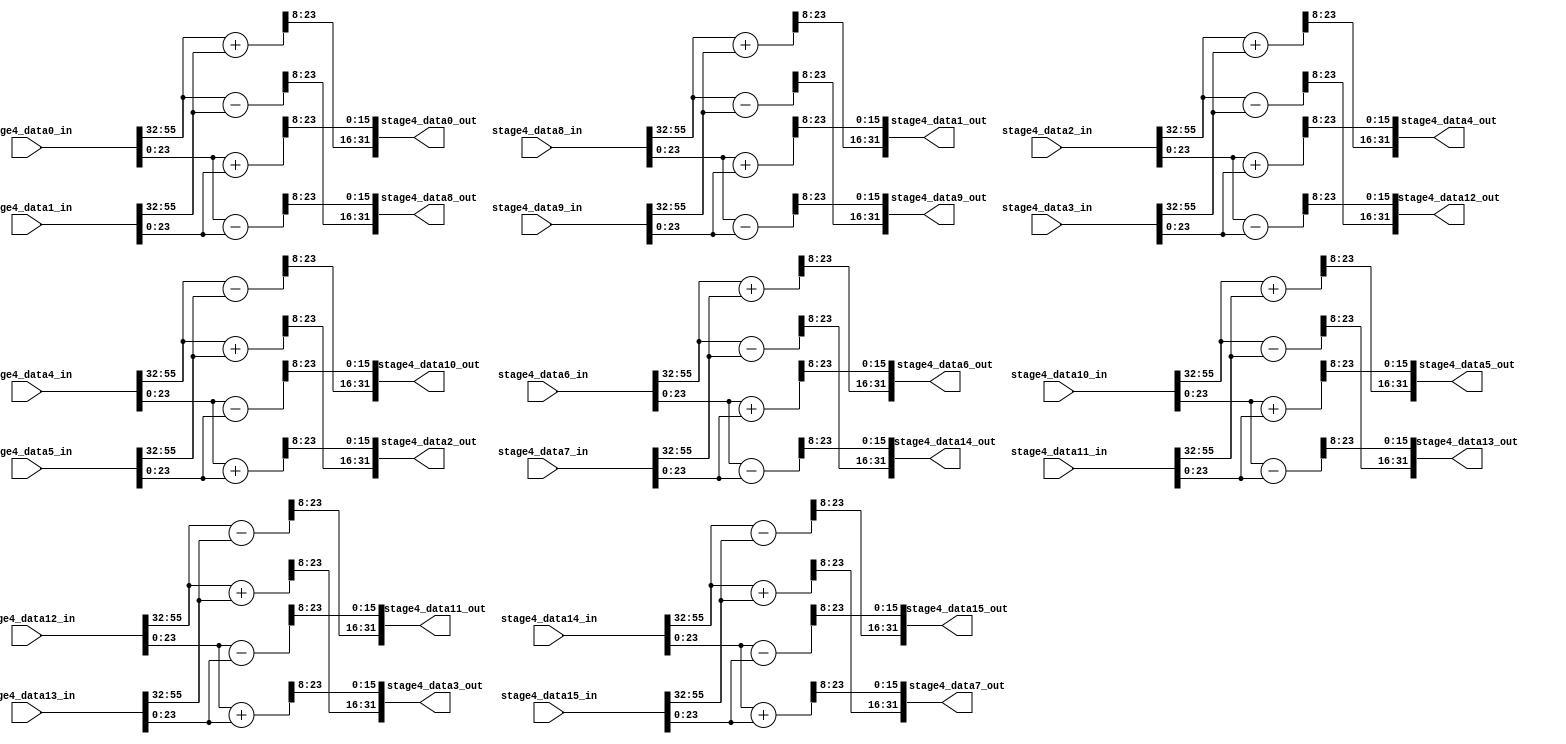
module fft_stage4(
		stage4_data0_in,
		stage4_data1_in,
		stage4_data2_in,
		stage4_data3_in,
		stage4_data4_in,
		stage4_data5_in,
		stage4_data6_in,
		stage4_data7_in,
		stage4_data8_in,
		stage4_data9_in,
		stage4_data10_in,
		stage4_data11_in,
		stage4_data12_in,
		stage4_data13_in,
		stage4_data14_in,
		stage4_data15_in,

		stage4_data0_out,
		stage4_data1_out,
		stage4_data2_out,
		stage4_data3_out,
		stage4_data4_out,
		stage4_data5_out,
		stage4_data6_out,
		stage4_data7_out,
		stage4_data8_out,
		stage4_data9_out,
		stage4_data10_out,
		stage4_data11_out,
		stage4_data12_out,
		stage4_data13_out,
		stage4_data14_out,
		stage4_data15_out
);

	input  [63:0] stage4_data1_in;
	input  [63:0] stage4_data2_in;
	input  [63:0] stage4_data3_in;
	input  [63:0] stage4_data4_in;
	input  [63:0] stage4_data5_in;
	input  [63:0] stage4_data6_in;
	input  [63:0] stage4_data7_in;
	input  [63:0] stage4_data8_in;
	input  [63:0] stage4_data9_in;
	input  [63:0] stage4_data10_in;
	input  [63:0] stage4_data11_in;
	input  [63:0] stage4_data12_in;
	input  [63:0] stage4_data13_in;
	input  [63:0] stage4_data14_in;
	input  [63:0] stage4_data15_in;
	input  [63:0] stage4_data0_in;
	
	
	
	output reg  [31:0] stage4_data0_out;
	output reg  [31:0] stage4_data1_out;
	output reg  [31:0] stage4_data2_out;
	output reg  [31:0] stage4_data3_out;
	output reg  [31:0] stage4_data4_out;
	output reg  [31:0] stage4_data5_out;
	output reg  [31:0] stage4_data6_out;
	output reg  [31:0] stage4_data7_out;
	output reg  [31:0] stage4_data8_out;
	output reg  [31:0] stage4_data9_out;
	output reg  [31:0] stage4_data10_out;
	output reg  [31:0] stage4_data11_out;
	output reg  [31:0] stage4_data12_out;
	output reg  [31:0] stage4_data13_out;
	output reg  [31:0] stage4_data14_out;
	output reg  [31:0] stage4_data15_out;
	
	
	
	reg signed [31:0] stage4_data0_out_real;
	reg signed [31:0] stage4_data1_out_real;
	reg signed [31:0] stage4_data2_out_real;
	reg signed [31:0] stage4_data3_out_real;
	reg signed [31:0] stage4_data4_out_real;
	reg signed [31:0] stage4_data5_out_real;
	reg signed [31:0] stage4_data6_out_real;
	reg signed [31:0] stage4_data7_out_real;
	reg signed [31:0] stage4_data8_out_real;
	reg signed [31:0] stage4_data9_out_real;
	reg signed [31:0] stage4_data10_out_real;
	reg signed [31:0] stage4_data11_out_real;
	reg signed [31:0] stage4_data12_out_real;
	reg signed [31:0] stage4_data13_out_real;
	reg signed [31:0] stage4_data14_out_real;
	reg signed [31:0] stage4_data15_out_real;
	
	
	
	reg signed [31:0] stage4_data0_out_img;
	reg signed [31:0] stage4_data1_out_img;
	reg signed [31:0] stage4_data2_out_img;
	reg signed [31:0] stage4_data3_out_img;
	reg signed [31:0] stage4_data4_out_img;
	reg signed [31:0] stage4_data5_out_img;
	reg signed [31:0] stage4_data6_out_img;
	reg signed [31:0] stage4_data7_out_img;
	reg signed [31:0] stage4_data8_out_img;
	reg signed [31:0] stage4_data9_out_img;
	reg signed [31:0] stage4_data10_out_img;
	reg signed [31:0] stage4_data11_out_img;
	reg signed [31:0] stage4_data12_out_img;
	reg signed [31:0] stage4_data13_out_img;
	reg signed [31:0] stage4_data14_out_img;
	reg signed [31:0] stage4_data15_out_img;
	
		
		
		
	localparam W0_img = 32'h00000000 ;     //The imag part of the reference table about COS(x)+i*SIN(x) value , 0: 000
	localparam W1_img = 32'hFFFF9E09 ;     //The imag part of the reference table about COS(x)+i*SIN(x) value , 1: -3.826752e-001
	localparam W2_img = 32'hFFFF4AFC ;     //The imag part of the reference table about COS(x)+i*SIN(x) value , 2: -7.070923e-001
	localparam W3_img = 32'hFFFF137D ;     //The imag part of the reference table about COS(x)+i*SIN(x) value , 3: -9.238739e-001
	localparam W4_img = 32'hFFFF0000 ;     //The imag part of the reference table about COS(x)+i*SIN(x) value , 4: -01
	localparam W5_img = 32'hFFFF137D ;     //The imag part of the reference table about COS(x)+i*SIN(x) value , 5: -9.238739e-001
	localparam W6_img = 32'hFFFF4AFC ;     //The imag part of the reference table about COS(x)+i*SIN(x) value , 6: -7.070923e-001
	localparam W7_img = 32'hFFFF9E09 ;    //The imag part of the reference table about COS(x)+i*SIN(x) value , 7: -3.826752e-001

	localparam W0_real = 32'h00010000 ;     //The real part of the reference table about COS(x)+i*SIN(x) value , 0: 001
	localparam W1_real = 32'h0000EC83 ;     //The real part of the reference table about COS(x)+i*SIN(x) value , 1: 9.238739e-001
	localparam W2_real = 32'h0000B504 ;     //The real part of the reference table about COS(x)+i*SIN(x) value , 2: 7.070923e-001
	localparam W3_real = 32'h000061F7 ;     //The real part of the reference table about COS(x)+i*SIN(x) value , 3: 3.826752e-001
	localparam W4_real = 32'h00000000 ;     //The real part of the reference table about COS(x)+i*SIN(x) value , 4: 000
	localparam W5_real = 32'hFFFF9E09 ;     //The real part of the reference table about COS(x)+i*SIN(x) value , 5: -3.826752e-001
	localparam W6_real = 32'hFFFF4AFC ;     //The real part of the reference table about COS(x)+i*SIN(x) value , 6: -7.070923e-001
	localparam W7_real = 32'hFFFF137D ;     //The real part of the reference table about COS(x)+i*SIN(x) value , 7: -9.238739e-001


	always@(*)
	begin
	
		 stage4_data0_out_real  = $signed(stage4_data0_in[63:32]) + $signed(stage4_data1_in[63:32]);/////////////////etension bug cofficient extension bug
		 stage4_data1_out_real  = $signed(stage4_data0_in[63:32]) - $signed(stage4_data1_in[63:32]);
		 stage4_data2_out_real  = $signed(stage4_data2_in[63:32]) + $signed(stage4_data3_in[63:32]);
		 stage4_data3_out_real  = $signed(stage4_data2_in[63:32]) - $signed(stage4_data3_in[63:32]);
		 stage4_data4_out_real  = $signed(stage4_data4_in[63:32]) + $signed(stage4_data5_in[63:32]);
		 stage4_data5_out_real  = $signed(stage4_data4_in[63:32]) - $signed(stage4_data5_in[63:32]);
		 stage4_data6_out_real  = $signed(stage4_data6_in[63:32]) + $signed(stage4_data7_in[63:32]);
		 stage4_data7_out_real  = $signed(stage4_data6_in[63:32]) - $signed(stage4_data7_in[63:32]);
		 stage4_data8_out_real  = $signed(stage4_data8_in[63:32]) + $signed(stage4_data9_in[63:32]);
		 stage4_data9_out_real  = $signed(stage4_data8_in[63:32]) - $signed(stage4_data9_in[63:32]);
		 stage4_data10_out_real = $signed(stage4_data10_in[63:32]) + $signed(stage4_data11_in[63:32]);
		 stage4_data11_out_real = $signed(stage4_data10_in[63:32]) - $signed(stage4_data11_in[63:32]);
		 stage4_data12_out_real = $signed(stage4_data12_in[63:32]) + $signed(stage4_data13_in[63:32]);
		 stage4_data13_out_real = $signed(stage4_data12_in[63:32]) - $signed(stage4_data13_in[63:32]);
		 stage4_data14_out_real = $signed(stage4_data14_in[63:32]) + $signed(stage4_data15_in[63:32]);
		 stage4_data15_out_real = $signed(stage4_data14_in[63:32]) - $signed(stage4_data15_in[63:32]);
		
		
		 stage4_data0_out_img  = $signed(stage4_data0_in[31:0]) + $signed(stage4_data1_in[31:0]);/////////////////etension bug cofficient extension bug
		 stage4_data1_out_img  = $signed(stage4_data0_in[31:0]) - $signed(stage4_data1_in[31:0]);
		 stage4_data2_out_img  = $signed(stage4_data2_in[31:0]) + $signed(stage4_data3_in[31:0]);
		 stage4_data3_out_img  = $signed(stage4_data2_in[31:0]) - $signed(stage4_data3_in[31:0]);
		 stage4_data4_out_img  = $signed(stage4_data4_in[31:0]) + $signed(stage4_data5_in[31:0]);
		 stage4_data5_out_img  = $signed(stage4_data4_in[31:0]) - $signed(stage4_data5_in[31:0]);
		 stage4_data6_out_img  = $signed(stage4_data6_in[31:0]) + $signed(stage4_data7_in[31:0]);
		 stage4_data7_out_img  = $signed(stage4_data6_in[31:0]) - $signed(stage4_data7_in[31:0]);
		 stage4_data8_out_img  = $signed(stage4_data8_in[31:0]) + $signed(stage4_data9_in[31:0]);
		 stage4_data9_out_img  = $signed(stage4_data8_in[31:0]) - $signed(stage4_data9_in[31:0]);
		 stage4_data10_out_img = $signed(stage4_data10_in[31:0]) + $signed(stage4_data11_in[31:0]);
		 stage4_data11_out_img = $signed(stage4_data10_in[31:0]) - $signed(stage4_data11_in[31:0]);
		 stage4_data12_out_img = $signed(stage4_data12_in[31:0]) + $signed(stage4_data13_in[31:0]);
		 stage4_data13_out_img = $signed(stage4_data12_in[31:0]) - $signed(stage4_data13_in[31:0]);
		 stage4_data14_out_img = $signed(stage4_data14_in[31:0]) + $signed(stage4_data15_in[31:0]);
		 stage4_data15_out_img = $signed(stage4_data14_in[31:0]) - $signed(stage4_data15_in[31:0]);
		 
		 
		 /*
		 
		stage4_data0_out={ {4{ stage4_data0_out_real[15]}} , stage4_data0_out_real[15:4] , {4{ stage4_data0_out_img[15]}} , stage4_data0_out_img[15:4]};
		stage4_data8_out={ {4{ stage4_data1_out_real[15]}} , stage4_data1_out_real[15:4] , {4{ stage4_data1_out_img[15]}} , stage4_data1_out_img[15:4]};
		stage4_data4_out={ {4{ stage4_data2_out_real[15]}} , stage4_data2_out_real[15:4] , {4{ stage4_data2_out_img[15]}} , stage4_data2_out_img[15:4]};
		stage4_data12_out={ {4{ stage4_data3_out_real[15]}} , stage4_data3_out_real[15:4] , {4{ stage4_data3_out_img[15]}} , stage4_data3_out_img[15:4]};
		stage4_data2_out={ {4{ stage4_data4_out_real[15]}} , stage4_data4_out_real[15:4] , {4{ stage4_data4_out_img[15]}} , stage4_data4_out_img[15:4]};
		stage4_data10_out={ {4{ stage4_data5_out_real[15]}} , stage4_data5_out_real[15:4] , {4{ stage4_data5_out_img[15]}} , stage4_data5_out_img[15:4]};
		stage4_data6_out={ {4{ stage4_data6_out_real[15]}} , stage4_data6_out_real[15:4] , {4{ stage4_data6_out_img[15]}} , stage4_data6_out_img[15:4]};
		stage4_data14_out={ {4{ stage4_data7_out_real[15]}} , stage4_data7_out_real[15:4] , {4{ stage4_data7_out_img[15]}} , stage4_data7_out_img[15:4]};
		stage4_data1_out={ {4{ stage4_data8_out_real[15]}} , stage4_data8_out_real[15:4] , {4{ stage4_data8_out_img[15]}} , stage4_data8_out_img[15:4]};
		stage4_data9_out={ {4{ stage4_data9_out_real[15]}} , stage4_data9_out_real[15:4] , {4{ stage4_data9_out_img[15]}} , stage4_data9_out_img[15:4]};
		stage4_data5_out={ {4{ stage4_data10_out_real[15]}} , stage4_data10_out_real[15:4] , {4{ stage4_data10_out_img[15]}} , stage4_data10_out_img[15:4]};
		stage4_data13_out={ {4{ stage4_data11_out_real[15]}} , stage4_data11_out_real[15:4] , {4{ stage4_data11_out_img[15]}} , stage4_data11_out_img[15:4]};
		stage4_data3_out={ {4{ stage4_data12_out_real[15]}} , stage4_data12_out_real[15:4] , {4{ stage4_data12_out_img[15]}} , stage4_data12_out_img[15:4]};
		stage4_data11_out={ {4{ stage4_data13_out_real[15]}} , stage4_data13_out_real[15:4] , {4{ stage4_data13_out_img[15]}} , stage4_data13_out_img[15:4]};
		stage4_data7_out={ {4{ stage4_data14_out_real[15]}} , stage4_data14_out_real[15:4] , {4{ stage4_data14_out_img[15]}} , stage4_data14_out_img[15:4]};
		stage4_data15_out={ {4{ stage4_data15_out_real[15]}} , stage4_data15_out_real[15:4] , {4{ stage4_data15_out_img[15]}} , stage4_data15_out_img[15:4]};
*/
		 /*stage4_data8_out={stage4_data1_out_real,stage4_data1_out_img};
		 stage4_data4_out={stage4_data2_out_real,stage4_data2_out_img};
		 stage4_data12_out={stage4_data3_out_real,stage4_data3_out_img};
		 stage4_data2_out={stage4_data4_out_real,stage4_data4_out_img};
		 stage4_data10_out={stage4_data5_out_real,stage4_data5_out_img};
		 stage4_data6_out={stage4_data6_out_real,stage4_data6_out_img};
		 stage4_data14_out={stage4_data7_out_real,stage4_data7_out_img};
		 stage4_data1_out={stage4_data8_out_real,stage4_data8_out_img};
		 stage4_data9_out={stage4_data9_out_real,stage4_data9_out_img};
		 stage4_data5_out={stage4_data10_out_real,stage4_data10_out_img};
		 stage4_data13_out={stage4_data11_out_real,stage4_data11_out_img};
		 stage4_data3_out={stage4_data12_out_real,stage4_data12_out_img};
		 stage4_data11_out={stage4_data13_out_real,stage4_data13_out_img};
		 stage4_data7_out={stage4_data14_out_real,stage4_data14_out_img};
		 stage4_data15_out={stage4_data15_out_real,stage4_data15_out_img};
		 */
		 stage4_data0_out ={stage4_data0_out_real[23:8],stage4_data0_out_img[23:8]};
		 stage4_data8_out ={stage4_data1_out_real[23:8],stage4_data1_out_img[23:8]};
		 stage4_data4_out ={stage4_data2_out_real[23:8],stage4_data2_out_img[23:8]};
		 stage4_data12_out={stage4_data3_out_real[23:8],stage4_data3_out_img[23:8]};
		 stage4_data2_out ={stage4_data4_out_real[23:8],stage4_data4_out_img[23:8]};
		 stage4_data10_out={stage4_data5_out_real[23:8],stage4_data5_out_img[23:8]};
		 stage4_data6_out ={stage4_data6_out_real[23:8],stage4_data6_out_img[23:8]};
		 stage4_data14_out={stage4_data7_out_real[23:8],stage4_data7_out_img[23:8]};
		 stage4_data1_out ={stage4_data8_out_real[23:8],stage4_data8_out_img[23:8]};
		 stage4_data9_out ={stage4_data9_out_real[23:8],stage4_data9_out_img[23:8]};
		 stage4_data5_out ={stage4_data10_out_real[23:8],stage4_data10_out_img[23:8]};
		 stage4_data13_out={stage4_data11_out_real[23:8],stage4_data11_out_img[23:8]};
		 stage4_data3_out ={stage4_data12_out_real[23:8],stage4_data12_out_img[23:8]};
		 stage4_data11_out={stage4_data13_out_real[23:8],stage4_data13_out_img[23:8]};
		 stage4_data7_out ={stage4_data14_out_real[23:8],stage4_data14_out_img[23:8]};
		 stage4_data15_out ={stage4_data15_out_real[23:8],stage4_data15_out_img[23:8]};
	
	end
	endmodule